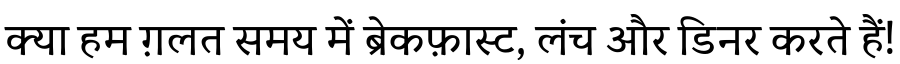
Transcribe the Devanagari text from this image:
क्या हम ग़लत समय में ब्रेकफ़ास्ट, लंच और डिनर करते हैं!